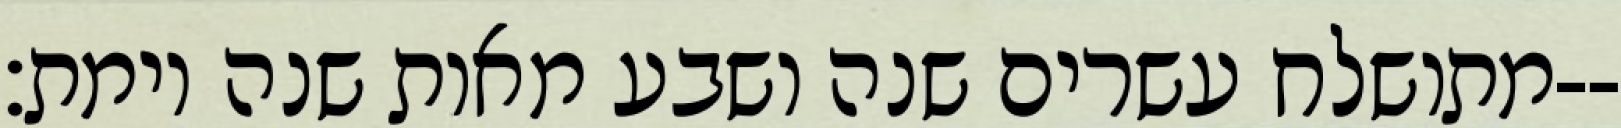
מתושלח עשרים שנה ושבע מאות שנה וימת׃--